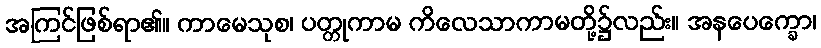
အကြင်ဖြစ်ရာ၏။ ကာမေသုစ၊ ပတ္တုကာမ ကိလေသာကာမတို့၌လည်း။ အနပေက္ခော၊